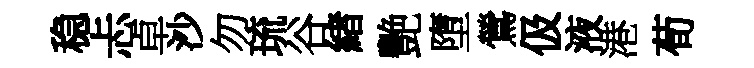
稳忐卓沙勿琉谷緖艷墮鶯伋液港荀